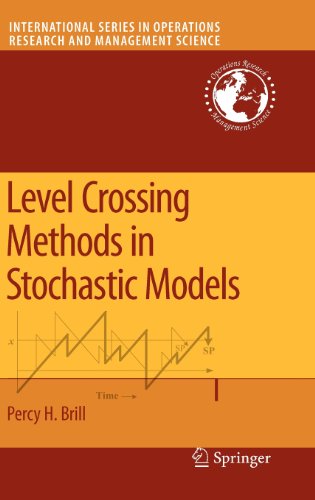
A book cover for Level Crossing Methods in Stochastic Models (International Series in Operations Research & Management Science); Percy H. Brill; Computers & Technology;